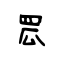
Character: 罛